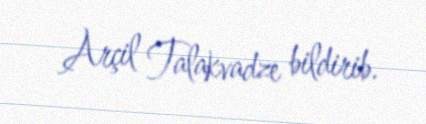
Arçil Talakvadze bildirib.